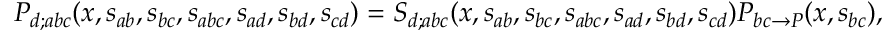
P _ { d ; a b c } ( x , s _ { a b } , s _ { b c } , s _ { a b c } , s _ { a d } , s _ { b d } , s _ { c d } ) = S _ { d ; a b c } ( x , s _ { a b } , s _ { b c } , s _ { a b c } , s _ { a d } , s _ { b d } , s _ { c d } ) P _ { b c \rightarrow P } ( x , s _ { b c } ) ,